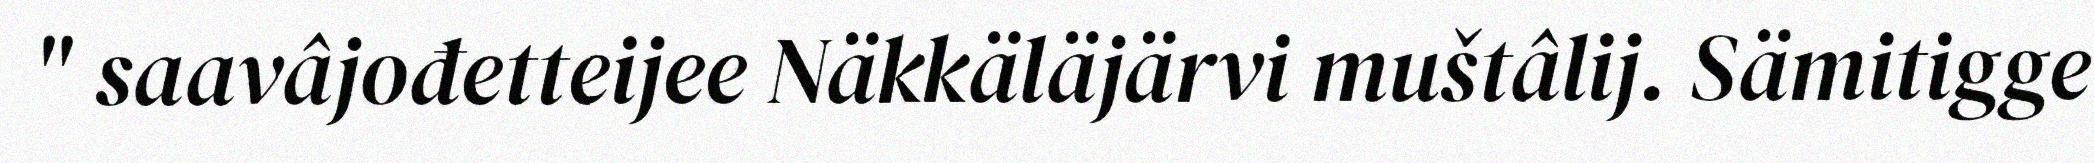
" saavâjođetteijee Näkkäläjärvi muštâlij. Sämitigge